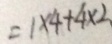
= 1 \times 4 + 4 \times 2